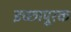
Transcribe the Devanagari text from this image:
इच्छापूरक